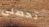
تحصلى